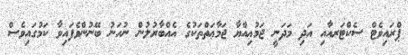
ޕްރައިވެޓް ސެކްޓަރއާއި އަދި މަދަނީ ޖަމުޢިއްޔާ ޖަމާޢަތްތަކުގެ އެއްބާރުލުން ނުހަނު ބޭނުންވެފައިވާ ކަމުގައިވެސް